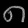
Digit: ၈